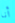
أنا